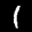
Label: 1